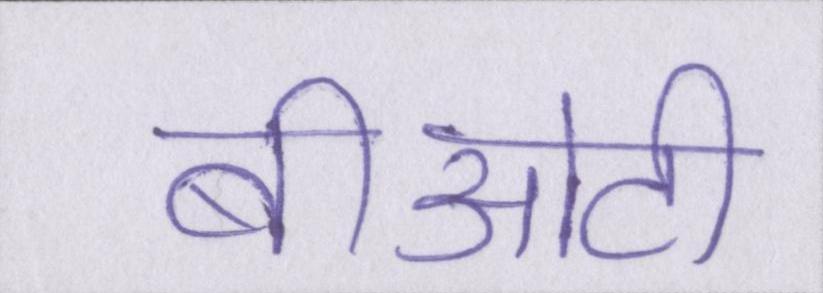
बीओटी